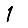
Digit: 1